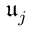
\mathfrak { u } _ { { j } }